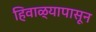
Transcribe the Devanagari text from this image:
हिवाळ्यापासून